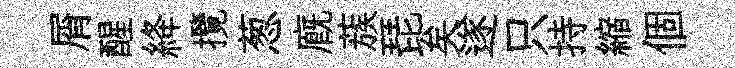
屑醒絳攬葱廐蔟琵矣遂只持縮個